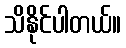
သိနိုင်ပါတယ်။